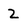
Character: 2